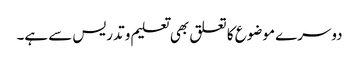
دوسرے موضوع کا تعلق بھی تعلیم و تدریس سے ہے۔